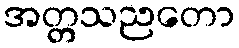
အတ္တသညတော